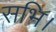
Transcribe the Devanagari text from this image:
सभि।